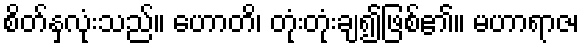
စိတ်နှလုံးသည်။ ဟောတိ၊ တုံးတုံးချ၍ဖြစ်၏။ မဟာရာဇ၊